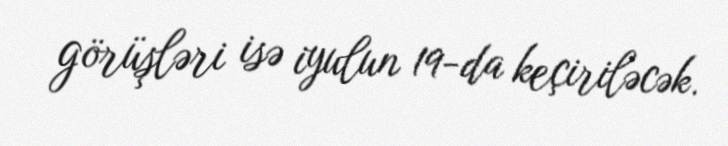
görüşləri isə iyulun 19-da keçiriləcək.